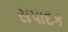
સપાદક